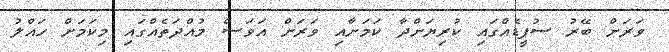
ވަރަށް ބޭރު ސުޕީޑެއްގައި ކުރިޔަށްދާ ކަމަށާއި ވަރަށް އަވަސް މުއްދަތެއްގައި މިކަމަށް ހައްލު